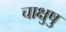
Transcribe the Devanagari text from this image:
चाक्षुषु